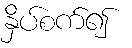
နှိပ်စက်၍